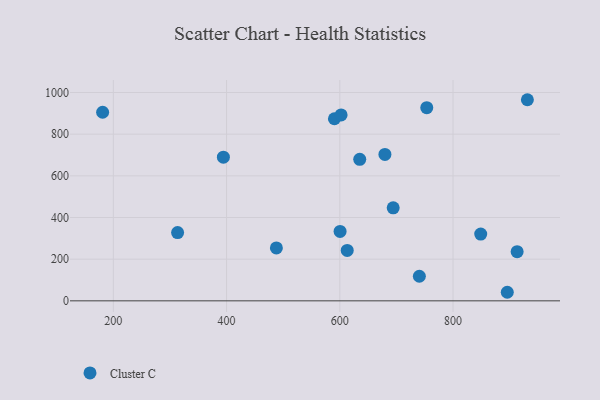
{"axis": {"x": "Speed", "y": "Demand"}, "legend": ["Cluster C"], "data": [{"x": "600.5", "y": 333.0, "type": "Cluster C"}, {"x": "488.0", "y": 254.1, "type": "Cluster C"}, {"x": "394.4", "y": 689.7, "type": "Cluster C"}, {"x": "313.5", "y": 327.8, "type": "Cluster C"}, {"x": "694.3", "y": 446.5, "type": "Cluster C"}, {"x": "848.9", "y": 320.4, "type": "Cluster C"}, {"x": "590.5", "y": 874.0, "type": "Cluster C"}, {"x": "740.5", "y": 118.0, "type": "Cluster C"}, {"x": "613.1", "y": 242.1, "type": "Cluster C"}, {"x": "913.2", "y": 235.9, "type": "Cluster C"}, {"x": "753.6", "y": 927.3, "type": "Cluster C"}, {"x": "181.1", "y": 905.2, "type": "Cluster C"}, {"x": "931.3", "y": 965.4, "type": "Cluster C"}, {"x": "679.7", "y": 702.9, "type": "Cluster C"}, {"x": "895.8", "y": 41.1, "type": "Cluster C"}, {"x": "635.2", "y": 679.2, "type": "Cluster C"}, {"x": "602.3", "y": 892.2, "type": "Cluster C"}]}